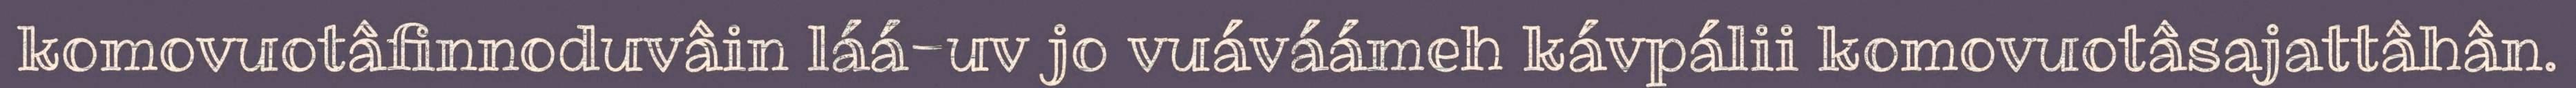
komovuotâfinnoduvâin láá-uv jo vuáváámeh kávpálii komovuotâsajattâhân.